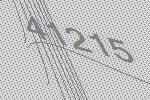
41215